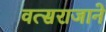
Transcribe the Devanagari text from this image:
वत्सराजाने